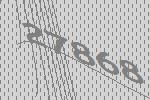
27868